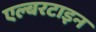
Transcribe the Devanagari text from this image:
एल्बरटाइन